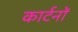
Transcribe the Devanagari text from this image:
कार्टनों